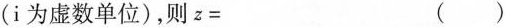
（i为虚数单位），则$$z =$$ ().